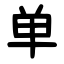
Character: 单